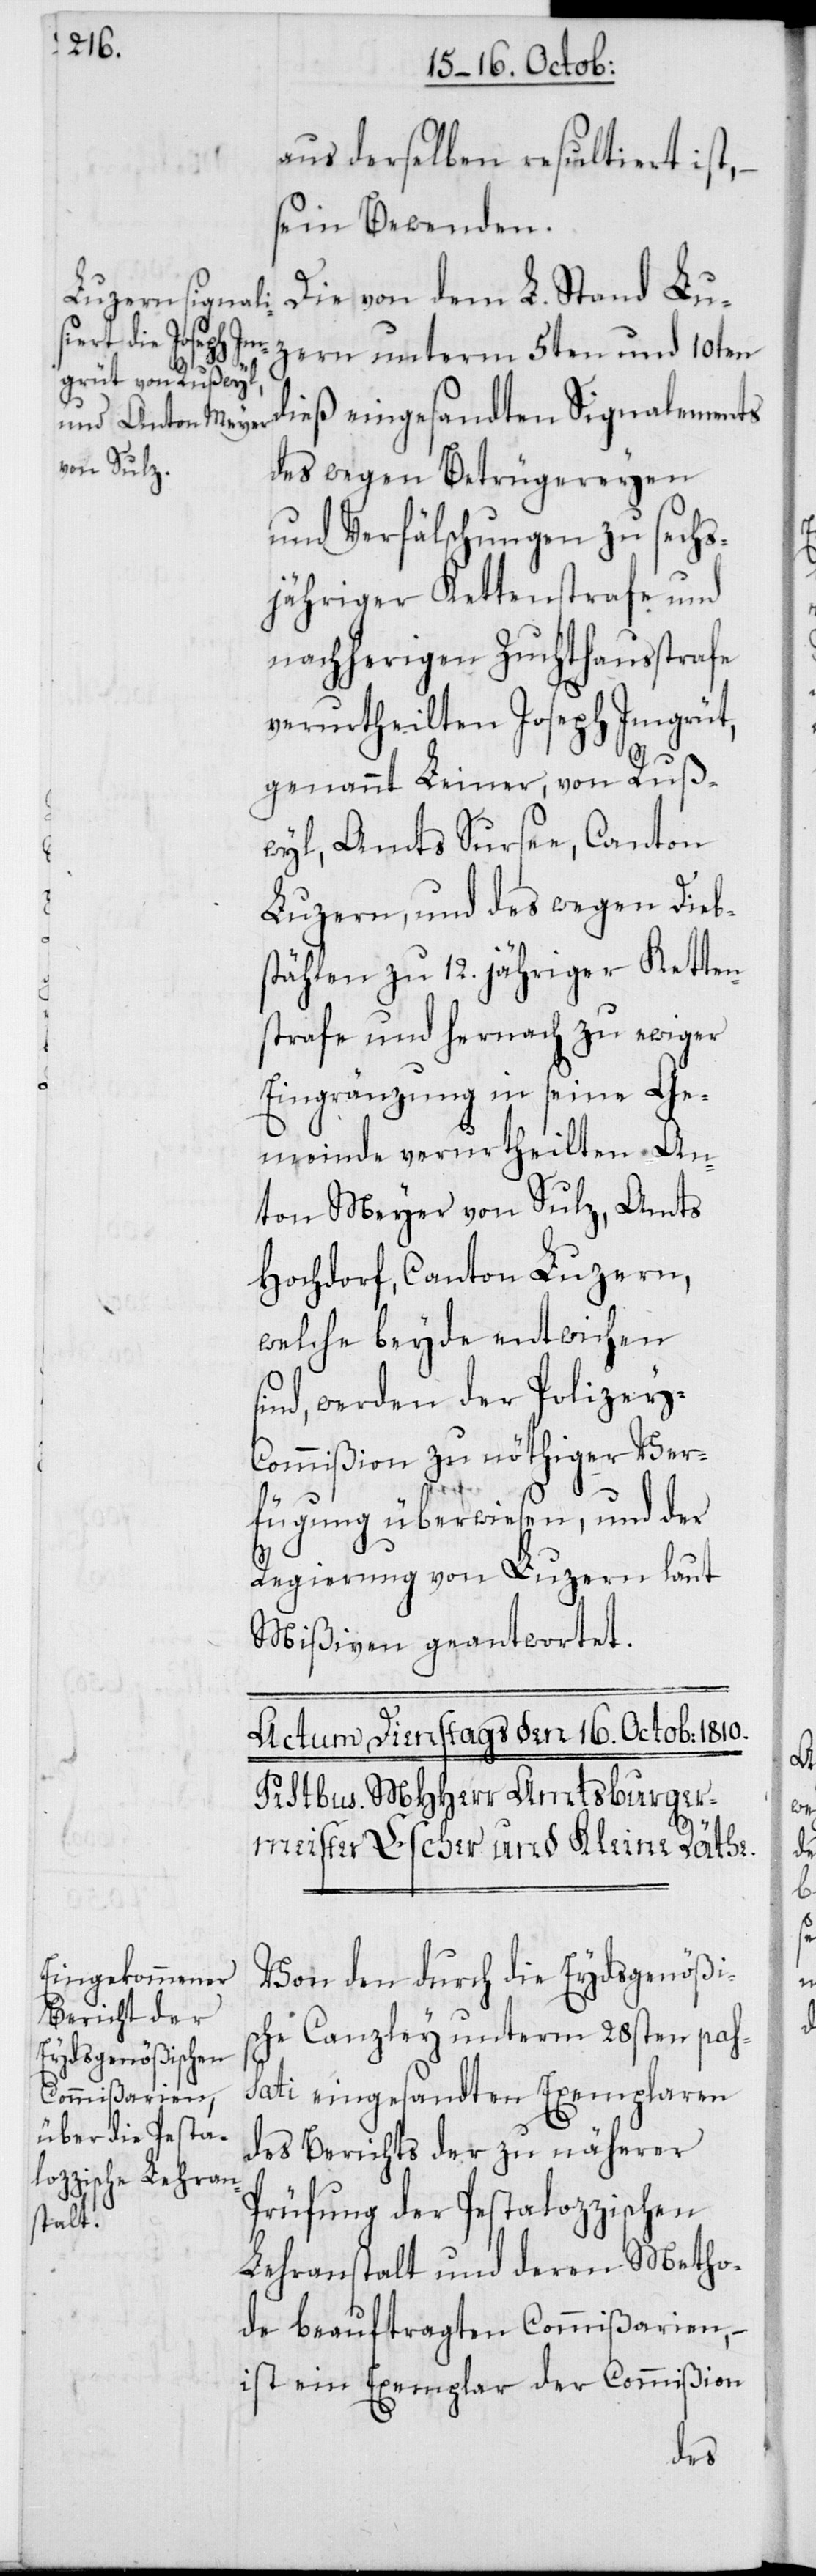
s¬

aus derselben resultiert ist,
sein Bewenden.
Die von dem L. Stand Lu¬
zern unterm 5ten und 10ten
dieß eingesandten Signalements
des wegen Betrügereyen
und Verfälschungen zu sechs¬
jähriger Kettenstrafe und
nachherigen Zuchthausstrafe
verurtheilten Joseph Imgrüt,
genannt Leiner, von Ruß¬
wyl, Amts Sursee, Canton
Luzern, und des wegen Dieb¬
stählen zu 12. jähriger Ketten¬
strafe und hernach zu ewiger
Eingränzung in seine Ge¬
meinde verurtheilten An¬
ton Meyer von Sulz, Amts
Hochdorf, Canton Luzern,
welche beyde entwichen
ind, werden der Polizey¬
commißion zu nöthiger Ver¬
fügung überwiesen und der
Regierung von Luzern, laut
Mißiven geantwortet.
Von den durch die Eydsgenößis¬
che Canzley unterm 28sten pas¬
sati eingesandten Exemplaren
des Berichts der zu näherer
Prüfung der Pestalozzischen
Lehranstalt und deren Metho¬
de beauftragten Commißarien, –
ist ein Exemplar der Commißion